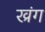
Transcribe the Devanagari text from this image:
ख्रंग